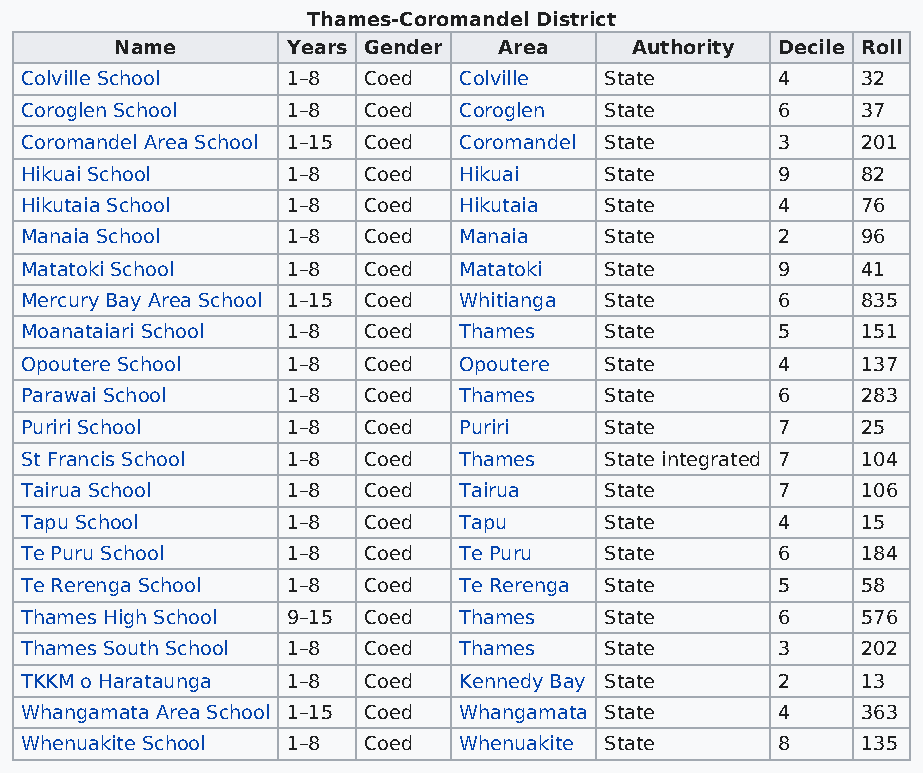
Thames-Coromandel District
 Name       Years Gender  Area     Authority Decile Roll
 Colville School   1–8  Coed  Colville  State       4    32
 Coroglen School   1–8  Coed  Coroglen  State       6    37
 Coromandel Area School 1–15 Coed Coromandel State  3    201
 Hikuai School     1–8  Coed  Hikuai    State       9    82
 Hikutaia School   1–8  Coed  Hikutaia  State       4    76
 Manaia School     1–8  Coed  Manaia    State       2    96
 Matatoki School   1–8  Coed  Matatoki  State       9    41
 Mercury Bay Area School 1–15 Coed Whitianga State  6    835
 Moanataiari School 1–8 Coed  Thames    State       5    151
 Opoutere School   1–8  Coed  Opoutere  State       4    137
 Parawai School    1–8  Coed  Thames    State       6    283
 Puriri School     1–8  Coed  Puriri    State       7    25
 St Francis School 1–8  Coed  Thames    State integrated 7 104
 Tairua School     1–8  Coed  Tairua    State       7    106
 Tapu School       1–8  Coed  Tapu      State       4    15
 Te Puru School    1–8  Coed  Te Puru   State       6    184
 Te Rerenga School 1–8  Coed  Te Rerenga State      5    58
 Thames High School 9–15 Coed Thames    State       6    576
 Thames South School 1–8 Coed Thames    State       3    202
 TKKM o Harataunga 1–8  Coed  Kennedy Bay State     2    13
 Whangamata Area School 1–15 Coed Whangamata State  4    363
 Whenuakite School 1–8  Coed  Whenuakite State      8    135